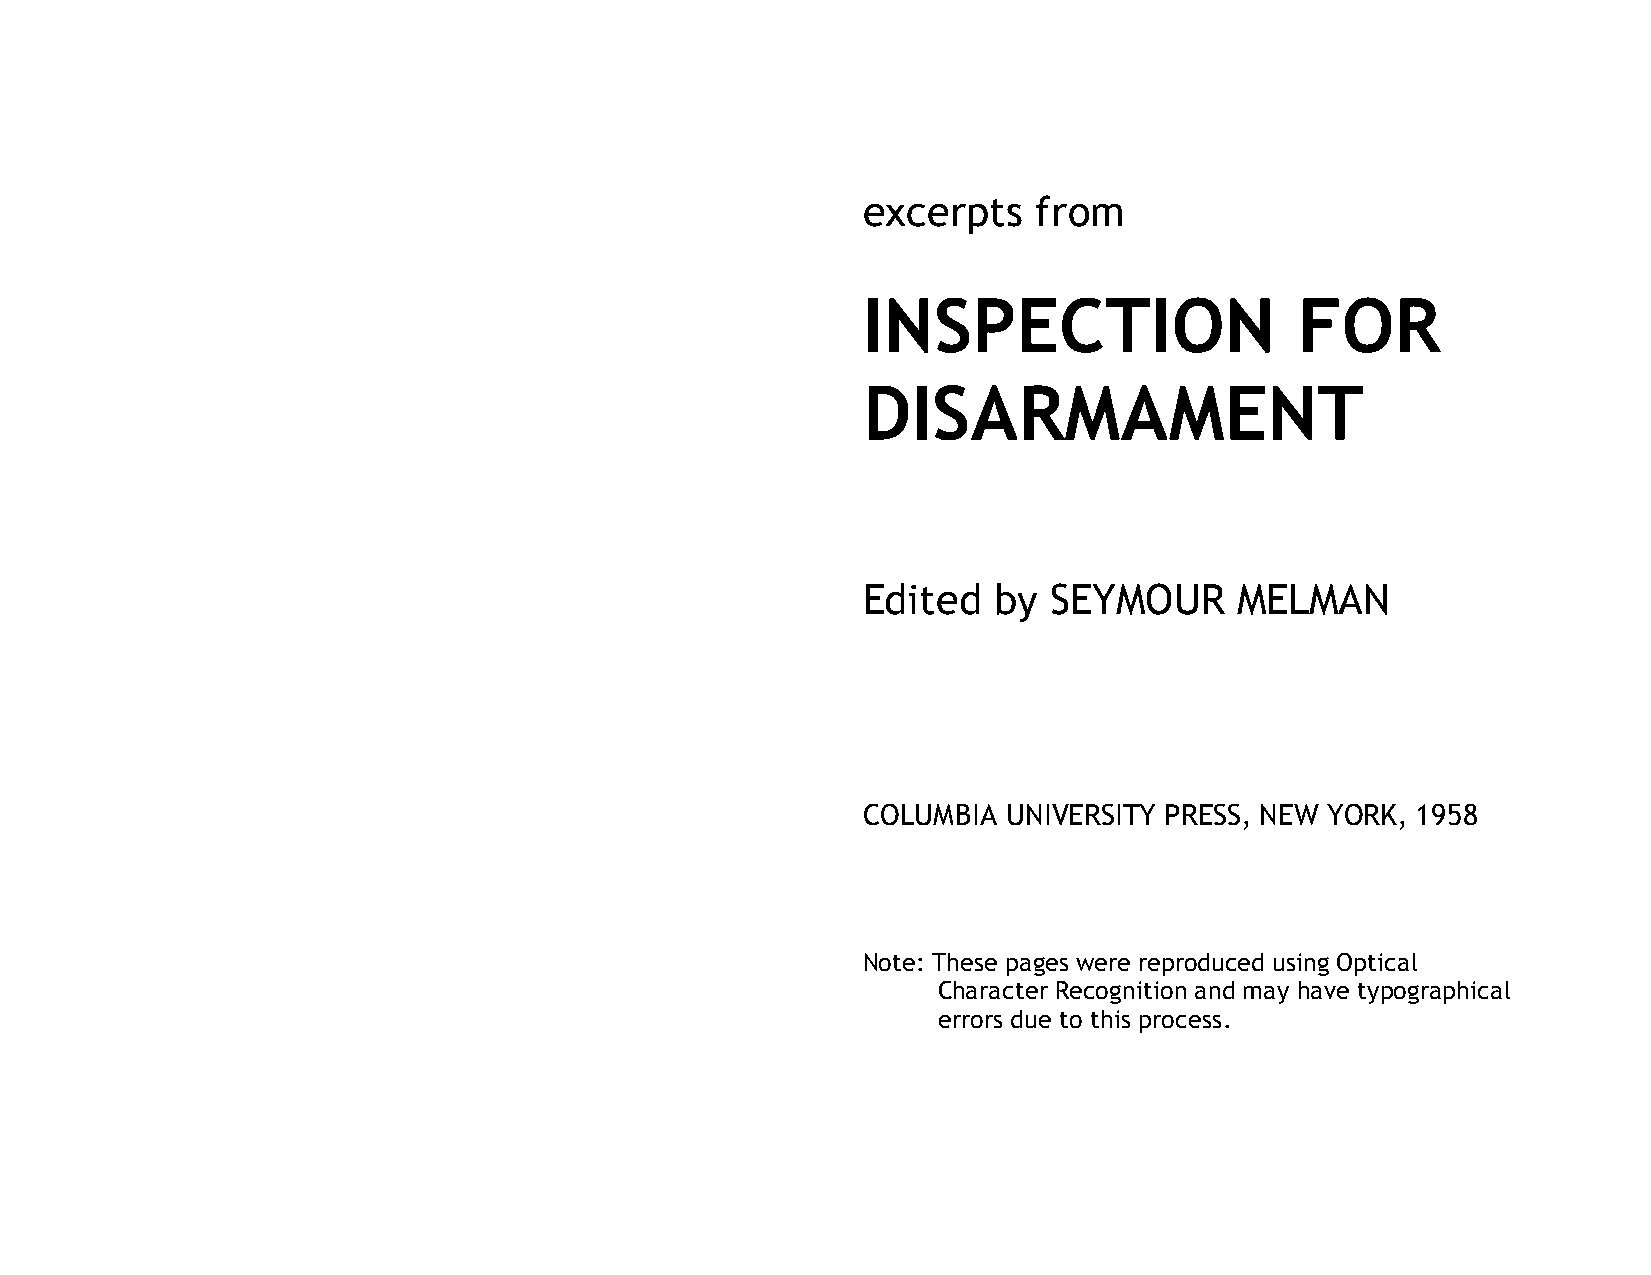
excerpts    from
 INSPECTION                   FOR
 DISARMAMENT
 Edited   by  SEYMOUR     MELMAN
 COLUMBIA  UNIVERSITY PRESS, NEW YORK, 1958
 Note: These pages were reproduced using Optical
 Character Recognition and may have typographical
 errors due to this process.